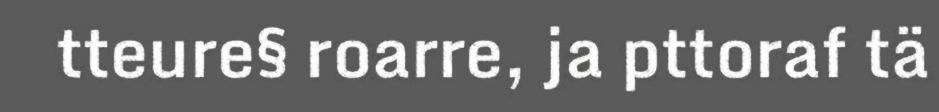
tteure§ roarre, ja pttoraf tä